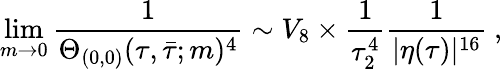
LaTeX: \operatorname*{lim}_{m\rightarrow 0}\frac{1}{\Theta_{(0,0)}(\tau,\bar{\tau};m)^{4}}\sim V_{8}\times\frac{1}{\tau_{2}^{4}}\frac{1}{|\eta(\tau)|^{16}}~,